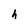
Character: h